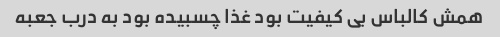
همش کالباس بی کیفیت بود غذا چسبیده بود به درب جعبه